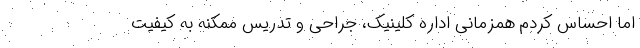
اما احساس کردم همزمانی اداره کلینیک، جراحی و تدریس ممکنه به کیفیت